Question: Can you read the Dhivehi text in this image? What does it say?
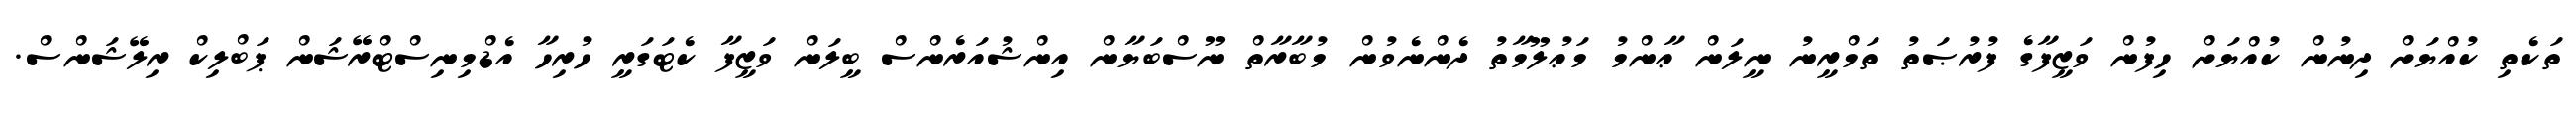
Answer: ތަކެތި ކުއްޔަށް ދިނުން ކުއްޔަށް ހިފުން ވަޒީފާގެ ފުރުޞަތު ތަމްރީނު ނީލަން ޢާންމު މަޢުލޫމާތު ދެންނެވުން މުބާރާތް ނޫސްބަޔާން އިންޝުއަރެންސް ބީލަން ވަޒީފާ ކެޓަގަރީ ހުރިހާ އެޑްމިނިސްޓްރޭޝަން ޕަބްލިކް ރިލޭޝަންސް.